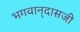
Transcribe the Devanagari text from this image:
भगवान्‌दासजी